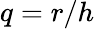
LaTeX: q=r/h